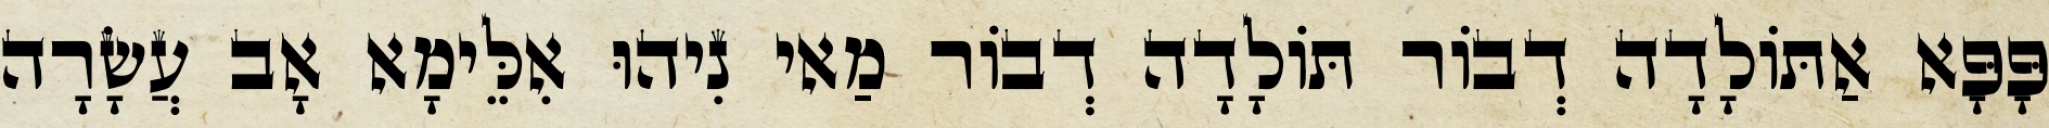
פָּפָּא אַתּוֹלָדָה דְבוֹר תּוֹלָדָה דְבוֹר מַאי נִיהוּ אִלֵּימָא אָב עֲשָׂרָה